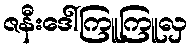
ဇနီးဒေါ်ကြူကြူလှ